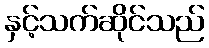
နှင့်သက်ဆိုင်သည်